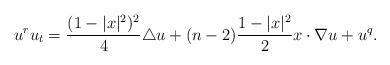
LaTeX: \begin{align*} u^ru_t=\frac{(1-|x|^2)^2}{4}\triangle u+(n-2)\frac{1-|x|^2}{2}x\cdot\nabla u+u^q. \end{align*}